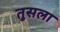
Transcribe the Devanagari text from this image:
तुसला